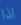
اذا